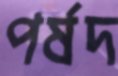
পর্ষদ